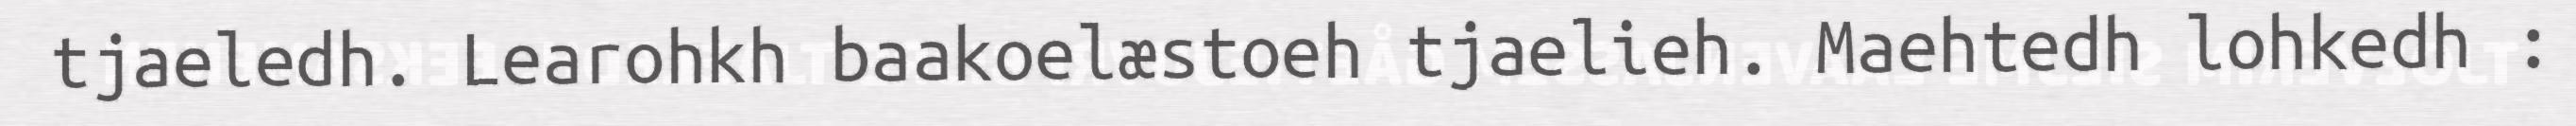
tjaeledh. Learohkh baakoelæstoeh tjaelieh. Maehtedh lohkedh :